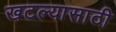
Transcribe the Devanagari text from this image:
खटल्यासाठी